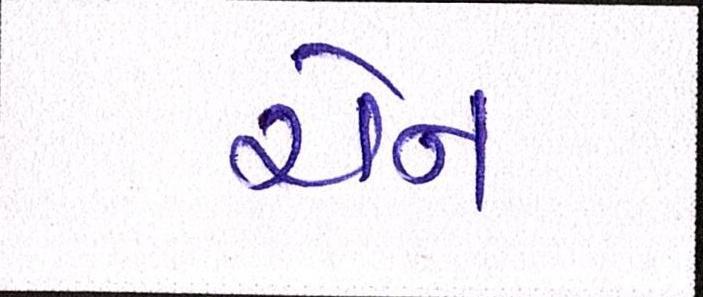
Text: ચેન